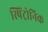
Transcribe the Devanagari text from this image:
स्पिंट्रोनिक